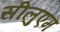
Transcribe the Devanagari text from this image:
सीलुएम